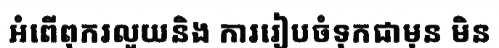
អំពើពុករលួយនិង ការរៀបចំទុកជាមុន មិន